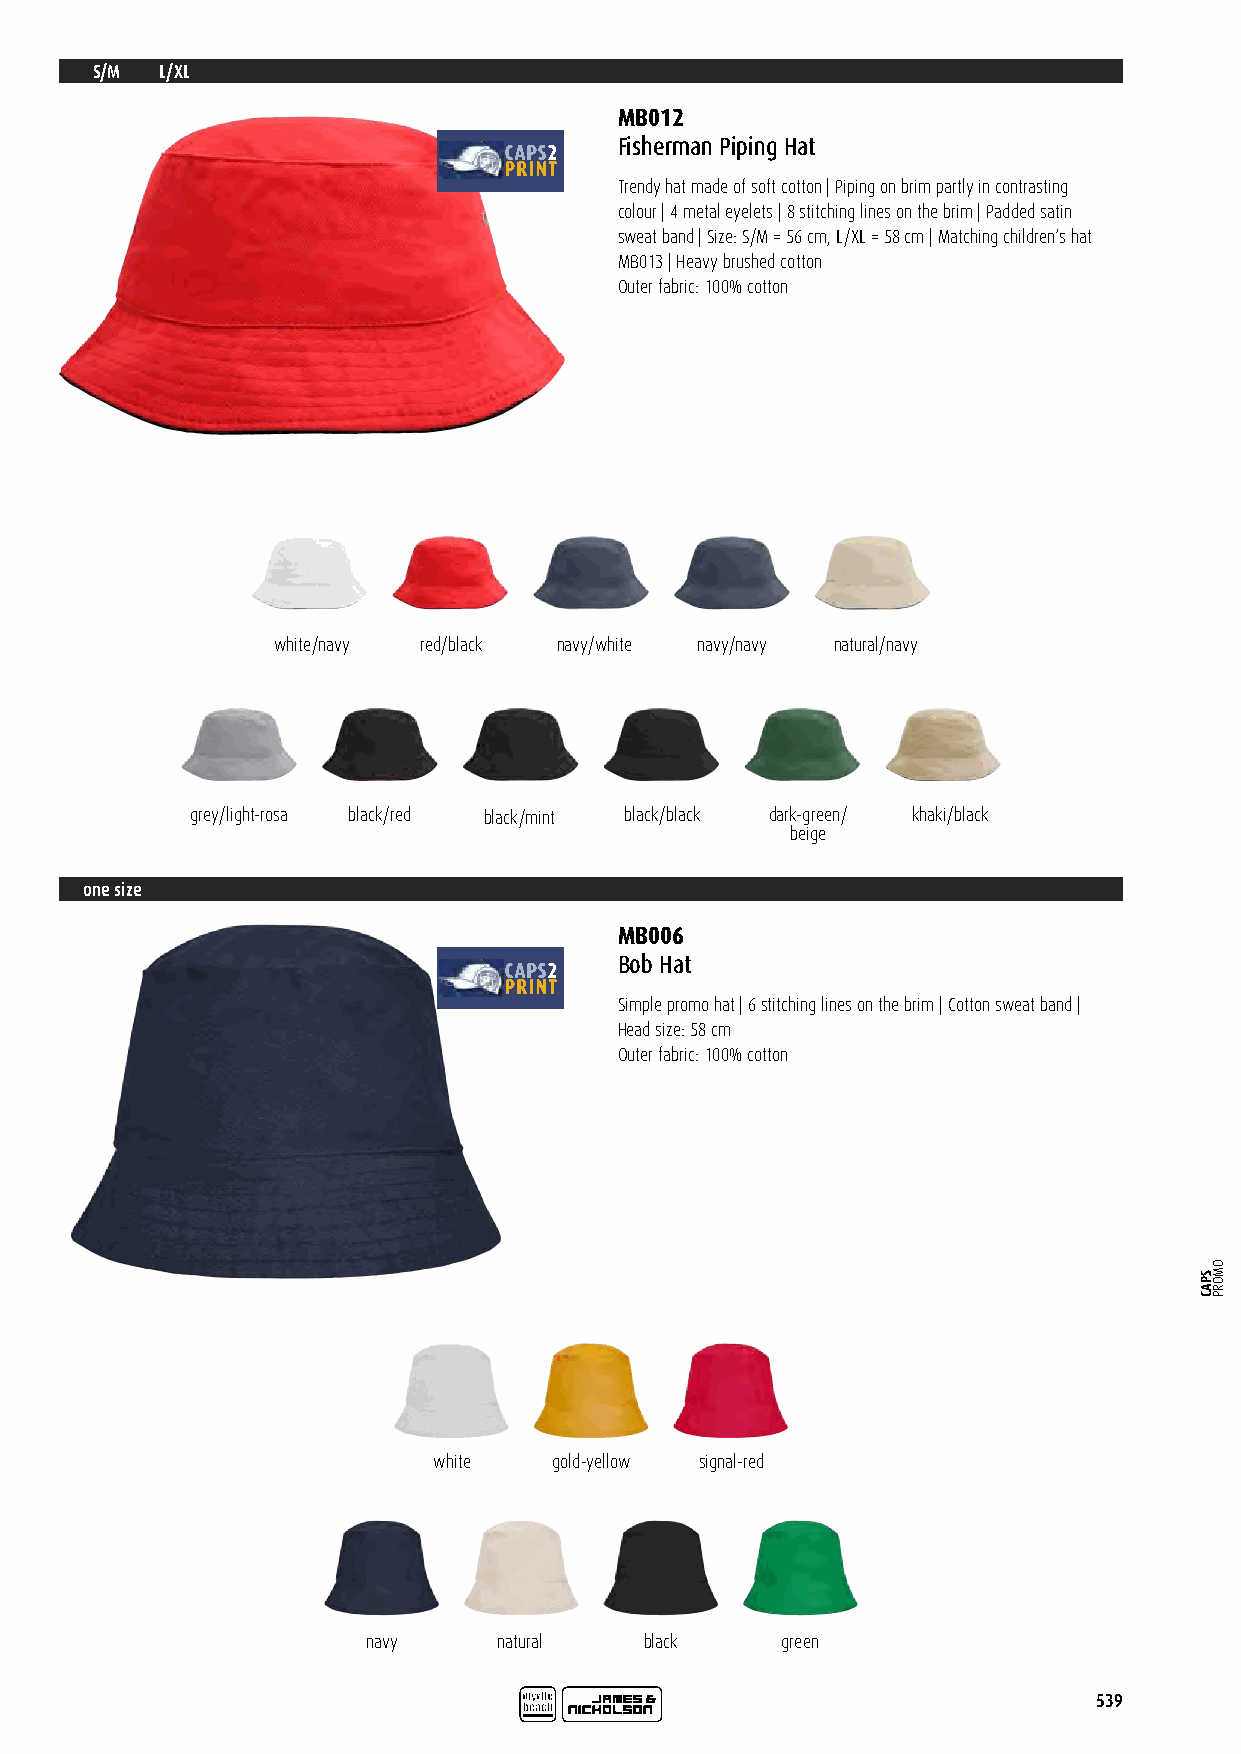
S/M L/XL
 MB012
 Fisherman Piping Hat
 Trendy hat made of soft cotton | Piping on brim partly in contrasting
 colour | 4 metal eyelets | 8 stitching lines on the brim | Padded satin
 sweat band | Size: S/M = 56 cm, L/XL = 58 cm | Matching children‘s hat
 MB013 | Heavy brushed cotton
 Outer fabric: 100% cotton
 white/navy red/black navy/white navy/navy natural/navy
 grey/light-rosa black/red black/mint black/black dark-green/ khaki/black
 beige
 one size
 MB006
 Bob Hat
 Simple promo hat | 6 stitching lines on the brim | Cotton sweat band |
 Head size: 58 cm
 Outer fabric: 100% cotton
 white   gold-yellow signal-red
 navy     natural   black    green
 539
 SPAC
 OMORP